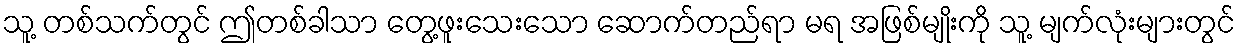
သူ့ တစ်သက်တွင် ဤတစ်ခါသာ တွေ့ဖူးသေးသော ဆောက်တည်ရာ မရ အဖြစ်မျိုးကို သူ့ မျက်လုံးများတွင်